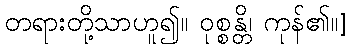
တရားတို့သာဟူ၍။ ဝုစ္စန္တိ၊ ကုန်၏။]